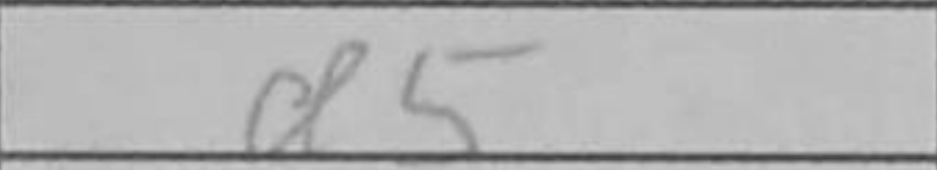
Transcription: d5